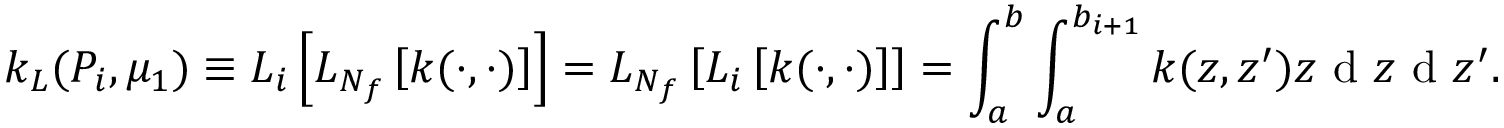
k _ { L } ( P _ { i } , \mu _ { 1 } ) \equiv L _ { i } \left[ L _ { N _ { f } } \left[ k ( \cdot , \cdot ) \right] \right] = L _ { N _ { f } } \left[ L _ { i } \left[ k ( \cdot , \cdot ) \right] \right] = \int _ { a } ^ { b } \int _ { a } ^ { b _ { i + 1 } } k ( z , z ^ { \prime } ) z \textrm { d } z \textrm { d } z ^ { \prime } .